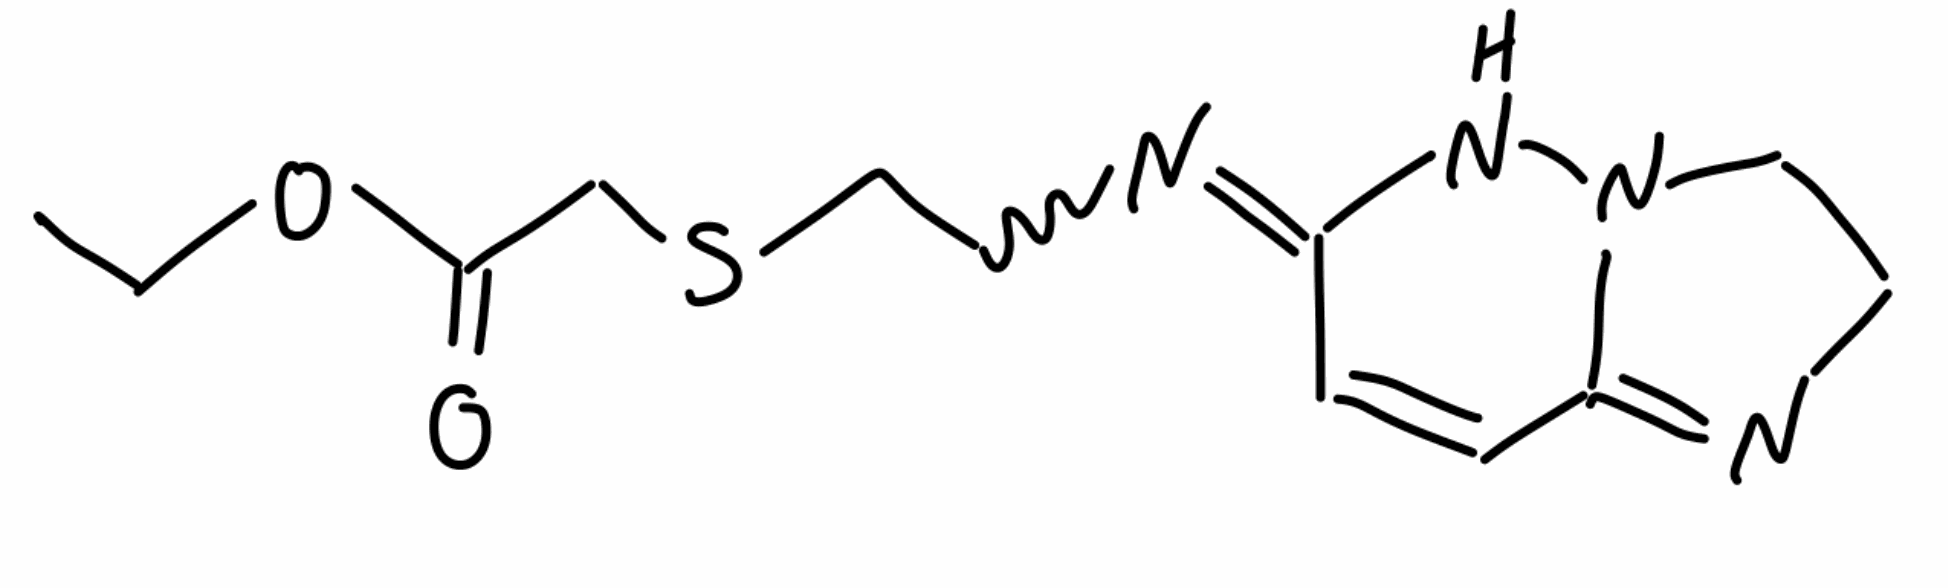
Simplified molecular-input line-entry system (SMILES) notation of the given molecule:
CCOC(=O)CSCCN=C1C=CC2=NCCN2N1